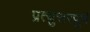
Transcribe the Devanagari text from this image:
प्रत्युत्तरपूर्ण